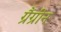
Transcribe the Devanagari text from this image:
ग्रैंग्रीन